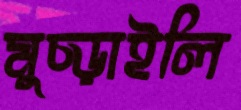
মুচ্‌ড়াইলি